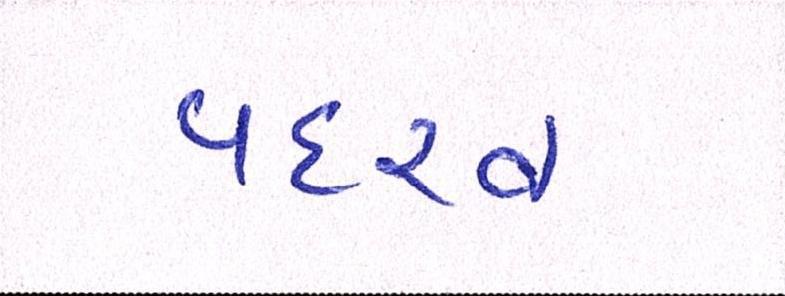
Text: પદરવ